Leaving Certificate Examination, 1917, 1917
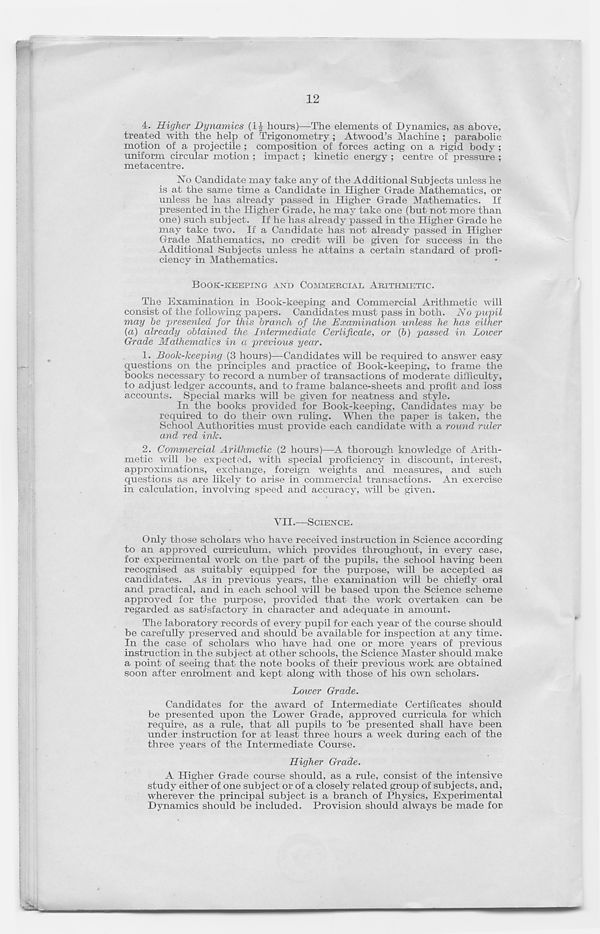
12
4. Higher Dynamics (1£ hours)—The elements of Dynamics, as above,
treated with the help of Trigonometry; Atwood’s Machine ; parabolic
motion of a projectile; composition of forces acting on a rigid body;
uniform circular motion ; impact; kinetic energy ; centre of pressure ;
metacentre.
No Candidate may take any of the Additional Subjects unless he
is at the same time a Candidate in Higher Grade Mathematics, or
unless he has already passed in Higher Grade Mathematics. If
presented in the Higher Grade, he may take one (but not more than
one) such subject. If he has already passed in the Higher Grade he
may take two. If a Candidate has not already passed in Higher
Grade Mathematics, no credit will be given for success in the
Additional Subjects unless he attains a certain standard of profi-
ciency in Mathematics.
BOOK-KEEPING AND COMMERCIAE ARITHMETIC.
The Examination in Book-keeping and Commercial Arithmetic will
consist of the following papers. Candidates must pass in both. No ■pupil
may he presented for this branch of the Examination unless he has either
(a) already obtained the Intermediate Certificate, or (b) passed in Lower
Grade Mathematics in a previous year.
1. Book-keeping (3 hours)—Candidates will be required to answer easy
questions on the principles and practice of Book-keeping, to frame the
books necessary to record a number of transactions of moderate difficulty,
to adjust ledger accounts, and to frame balance-sheets and profit and loss
accounts. Special marks will be given for neatness and style.
In the books provided for Book-keeping, Candidates may be
required to do their own ruling. When the paper is taken, the
School Authorities must provide each candidate with a round ruler
and red ink.
2. Commercial Arithmetic (2 hours)—A thorough knowledge of Arith-
metic will be expected, with special proficiency in discount, interest,
approximations, exchange, foreign weights and measures, and such
questions as are likely to arise in commercial transactions. An exercise
in calculation, involving speed and accuracy, will be given.
VII.—SCIENCE.
Only those scholars who have received instruction in Science according
to an approved curriculum, which provides throughout, in every case,
for experimental work on the part of the pupils, the school having been
recognised as suitably equipped for the purpose, will be accepted as
candidates. As in previous years, the examination will be chiefly oral
and practical, and in each school will be based upon the Science scheme
approved for the purpose, provided that the work overtaken can be
regarded as satisfactory in character and adequate in amount.
The laboratory records of every pupil for each year of the course should
be carefully preserved and should be available for inspection at any time.
In the case of scholars who have had one or more years of previous
instruction in the subject at other schools, the Science Master should make
a point of seeing that the note books of their previous work are obtained
soon after enrolment and kept along with those of his own scholars.
Lower Grade.
Candidates for the award of Intermediate Certificates should
be presented upon the Lower Grade, approved curricula for which
require, as a rule, that all pupils to 'be presented shall have been
under instruction for at least three hours a week during each of the
three years of the Intermediate Course.
Higher Grade.
A Higher Grade course should, as a rule, consist of the intensive
study either of one subject or of a closely related group of subjects, and,
wherever the principal subject is a branch of Physics, Experimental
Dynamics should be included. Provision should always be made for